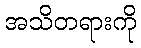
အသိတရားကို